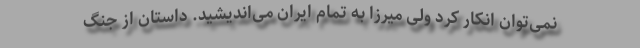
نمی‌توان انکار کرد ولی میرزا به تمام ایران می‌اندیشید. داستان از جنگ